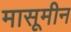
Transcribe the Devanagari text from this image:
मासूमीन